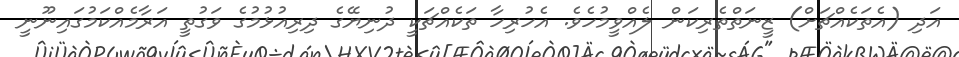
އަދި (އެތަކެއްޗަށް) ޒީނަތްތެރިކަން ލެއްވީމުހެވެ. އެހުރިހާ ތަކެއްޗަކީ ދުނިޔޭގެ ދިރިއުޅުމުގެ ވަގުތީ އަރާމެއްކަމުގައިނޫނީ